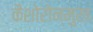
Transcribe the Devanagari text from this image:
कैशोरोन्मुख